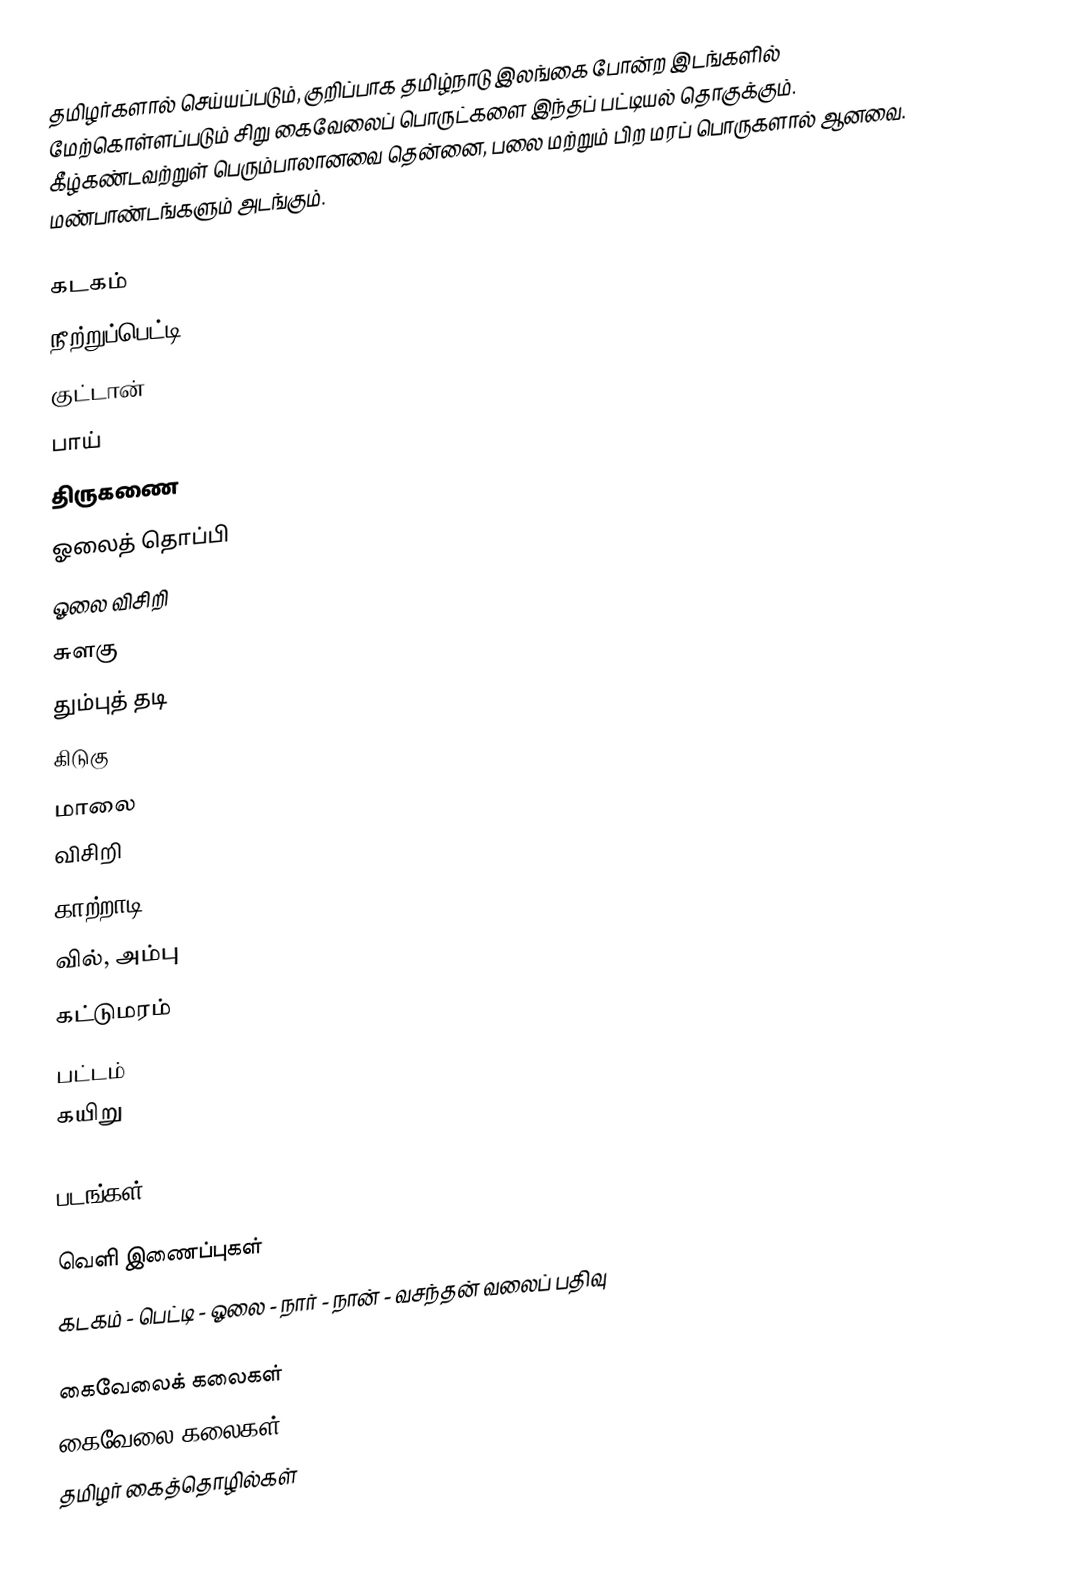
தமிழர்களால் செய்யப்படும், குறிப்பாக தமிழ்நாடு இலங்கை போன்ற இடங்களில் மேற்கொள்ளப்படும் சிறு கைவேலைப் பொருட்களை இந்தப் பட்டியல் தொகுக்கும்.  கீழ்கண்டவற்றுள் பெரும்பாலானவை தென்னை, பலை மற்றும் பிற மரப் பொருகளால் ஆனவை.  மண்பாண்டங்களும் அடங்கும்.

 கடகம்
 நீற்றுப்பெட்டி
 குட்டான்
 பாய்
 திருகணை
 ஓலைத் தொப்பி
 ஓலை விசிறி
 சுளகு
 தும்புத் தடி
 கிடுகு
 மாலை
 விசிறி
 காற்றாடி
 வில், அம்பு
 கட்டுமரம்
 பட்டம்
 கயிறு

படங்கள்

வெளி இணைப்புகள்
 கடகம் - பெட்டி - ஓலை - நார் - நான் -  வசந்தன் வலைப் பதிவு

கைவேலைக் கலைகள்
கைவேலை கலைகள்
தமிழர் கைத்தொழில்கள்